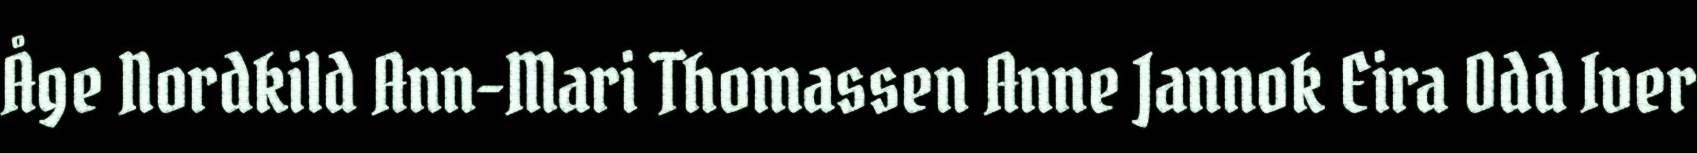
Åge Nordkild Ann-Mari Thomassen Anne Jannok Eira Odd Iver